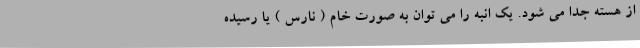
از هسته جدا می شود. یک انبه را می توان به صورت خام ( نارس ) یا رسیده